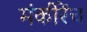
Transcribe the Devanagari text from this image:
मंकीरेंच